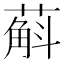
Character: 蔛